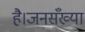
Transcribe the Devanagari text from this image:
है।जनसँख्या